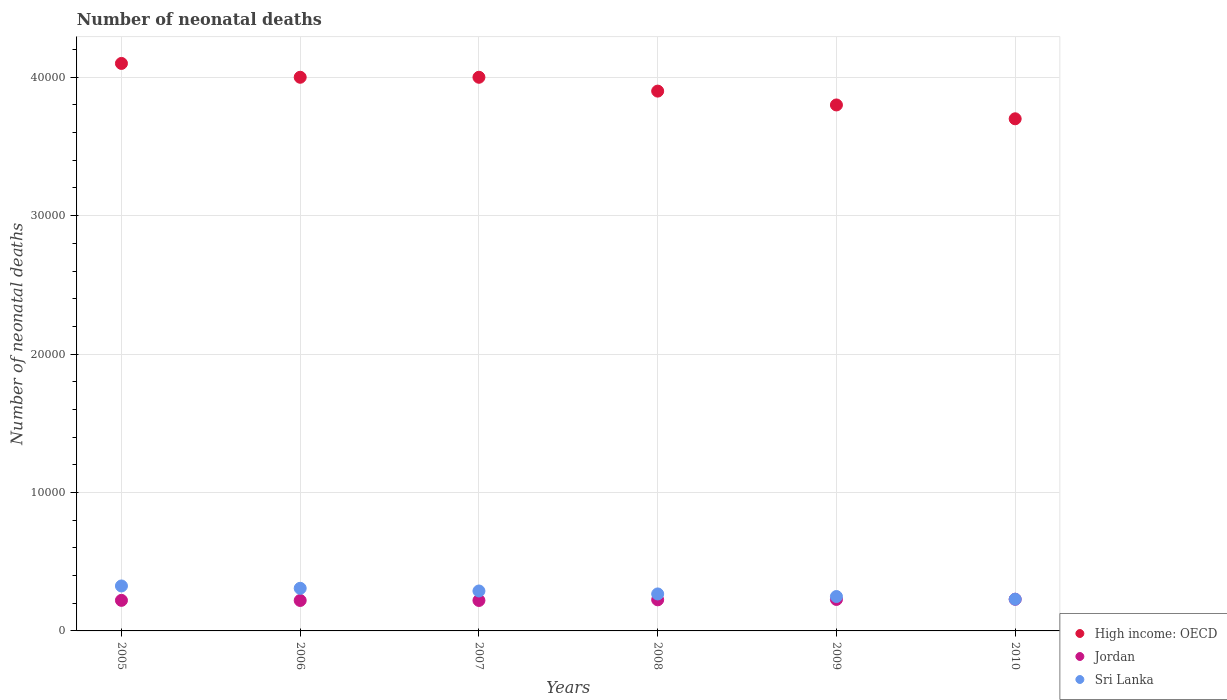
| Years | High income: OECD | Jordan | Sri Lanka |
 | --- | --- | --- | --- |
 | 2005 | 4.1e+04 | 2.21e+03 | 3.25e+03 |
 | 2006 | 4e+04 | 2.2e+03 | 3.08e+03 |
 | 2007 | 4e+04 | 2.2e+03 | 2.88e+03 |
 | 2008 | 3.9e+04 | 2.25e+03 | 2.67e+03 |
 | 2009 | 3.8e+04 | 2.27e+03 | 2.48e+03 |
 | 2010 | 3.7e+04 | 2.29e+03 | 2.29e+03 |